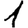
Digit: 1